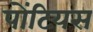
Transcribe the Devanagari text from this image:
पोंटियस